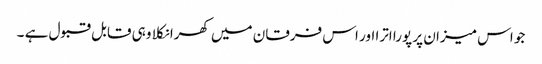
جو اس میزان پر پورا اترا اور اس فرقان میں کھرا نکلا وہی قابل قبول ہے ۔